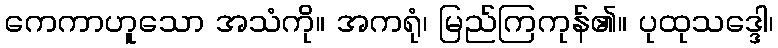
ကေကာဟူသော အသံကို။ အကရုံ၊ မြည်ကြကုန်၏။ ပုထုသဒ္ဒေါ၊